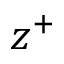
z ^ { + }